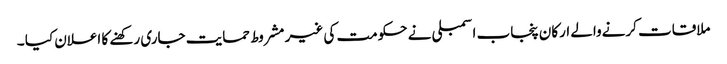
ملاقات کرنےوالے ارکان پنجاب اسمبلی نے حکومت کی غیر مشروط حمایت جاری رکھنے کا اعلان کیا ۔